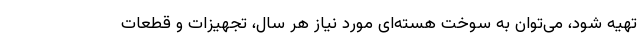
تهیه شود، می‌توان به سوخت هسته‌ای مورد نیاز هر سال، تجهیزات و قطعات